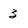
Character: 3